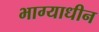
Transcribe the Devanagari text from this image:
भाग्याधीन